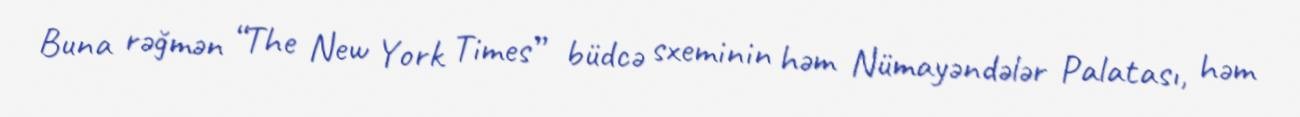
Buna rəğmən “The New York Times” büdcə sxeminin həm Nümayəndələr Palatası, həm